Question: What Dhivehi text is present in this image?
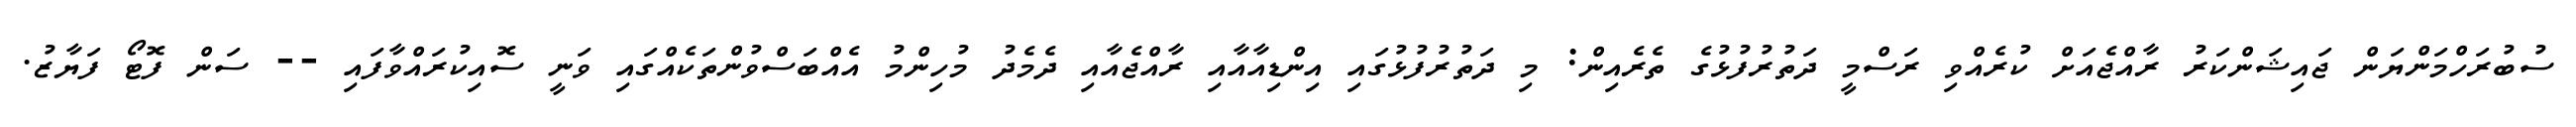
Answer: ސުބުރަހްމަންޔަން ޖައިޝަންކަރު ރާއްޖެއަށް ކުރެއްވި ރަސްމީ ދަތުރުފުޅުގެ ތެރެއިން: މި ދަތުރުފުޅުގައި އިންޑިއާއާއި ރާއްޖެއާއި ދެމެދު މުހިންމު އެއްބަސްވުންތަކެއްގައި ވަނީ ސޮއިކުރައްވާފައި -- ސަން ފޮޓޯ ފަޔާޒު.